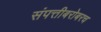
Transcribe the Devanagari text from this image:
संपत्तीबरोबरच